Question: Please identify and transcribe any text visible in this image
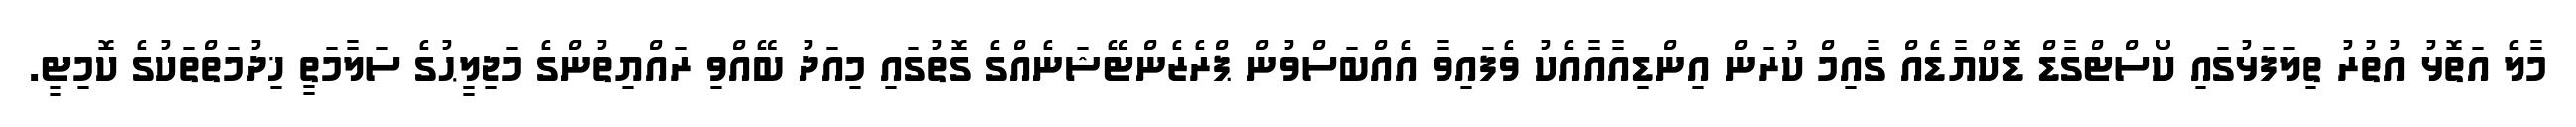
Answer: މާލެ އަތޮޅު އުތުރު ތިލަފަޅުގައި ކޯސްޓްގާޑް ޑޮކްޔާޑެއް ގާއިމް ކުރަން އިންޑިއާއާއެކު ވެފައިވާ އެއްބަސްވުން ޕްރެޒެންޓޭޝަނެއްގެ ގޮތުގައި މިއަދު ބޭއްވި ރައްޔިތުންގެ މަޖިލީޙުގެ ސަލާމަތީ ޚިދުމަތްތަކުގެ ކޮމިޓީ.